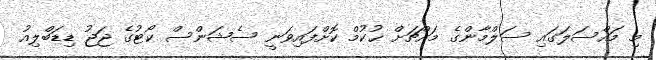
މި މައްސަލަގައި ސަލްމާންގެ މައްޗަށް ޙުކުމް ކޮށްފައިވަނީ ސެޝަންސް ކޯޓުގެ ޖަޖު ޑިޑަބްލިއު